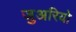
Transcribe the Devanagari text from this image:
जुअरियो